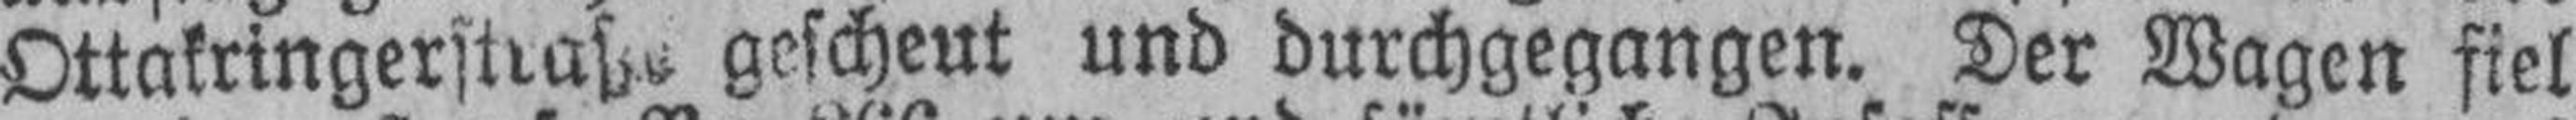
Ottakringerstraße gescheut und durchgegangen. Der Wagen fiel